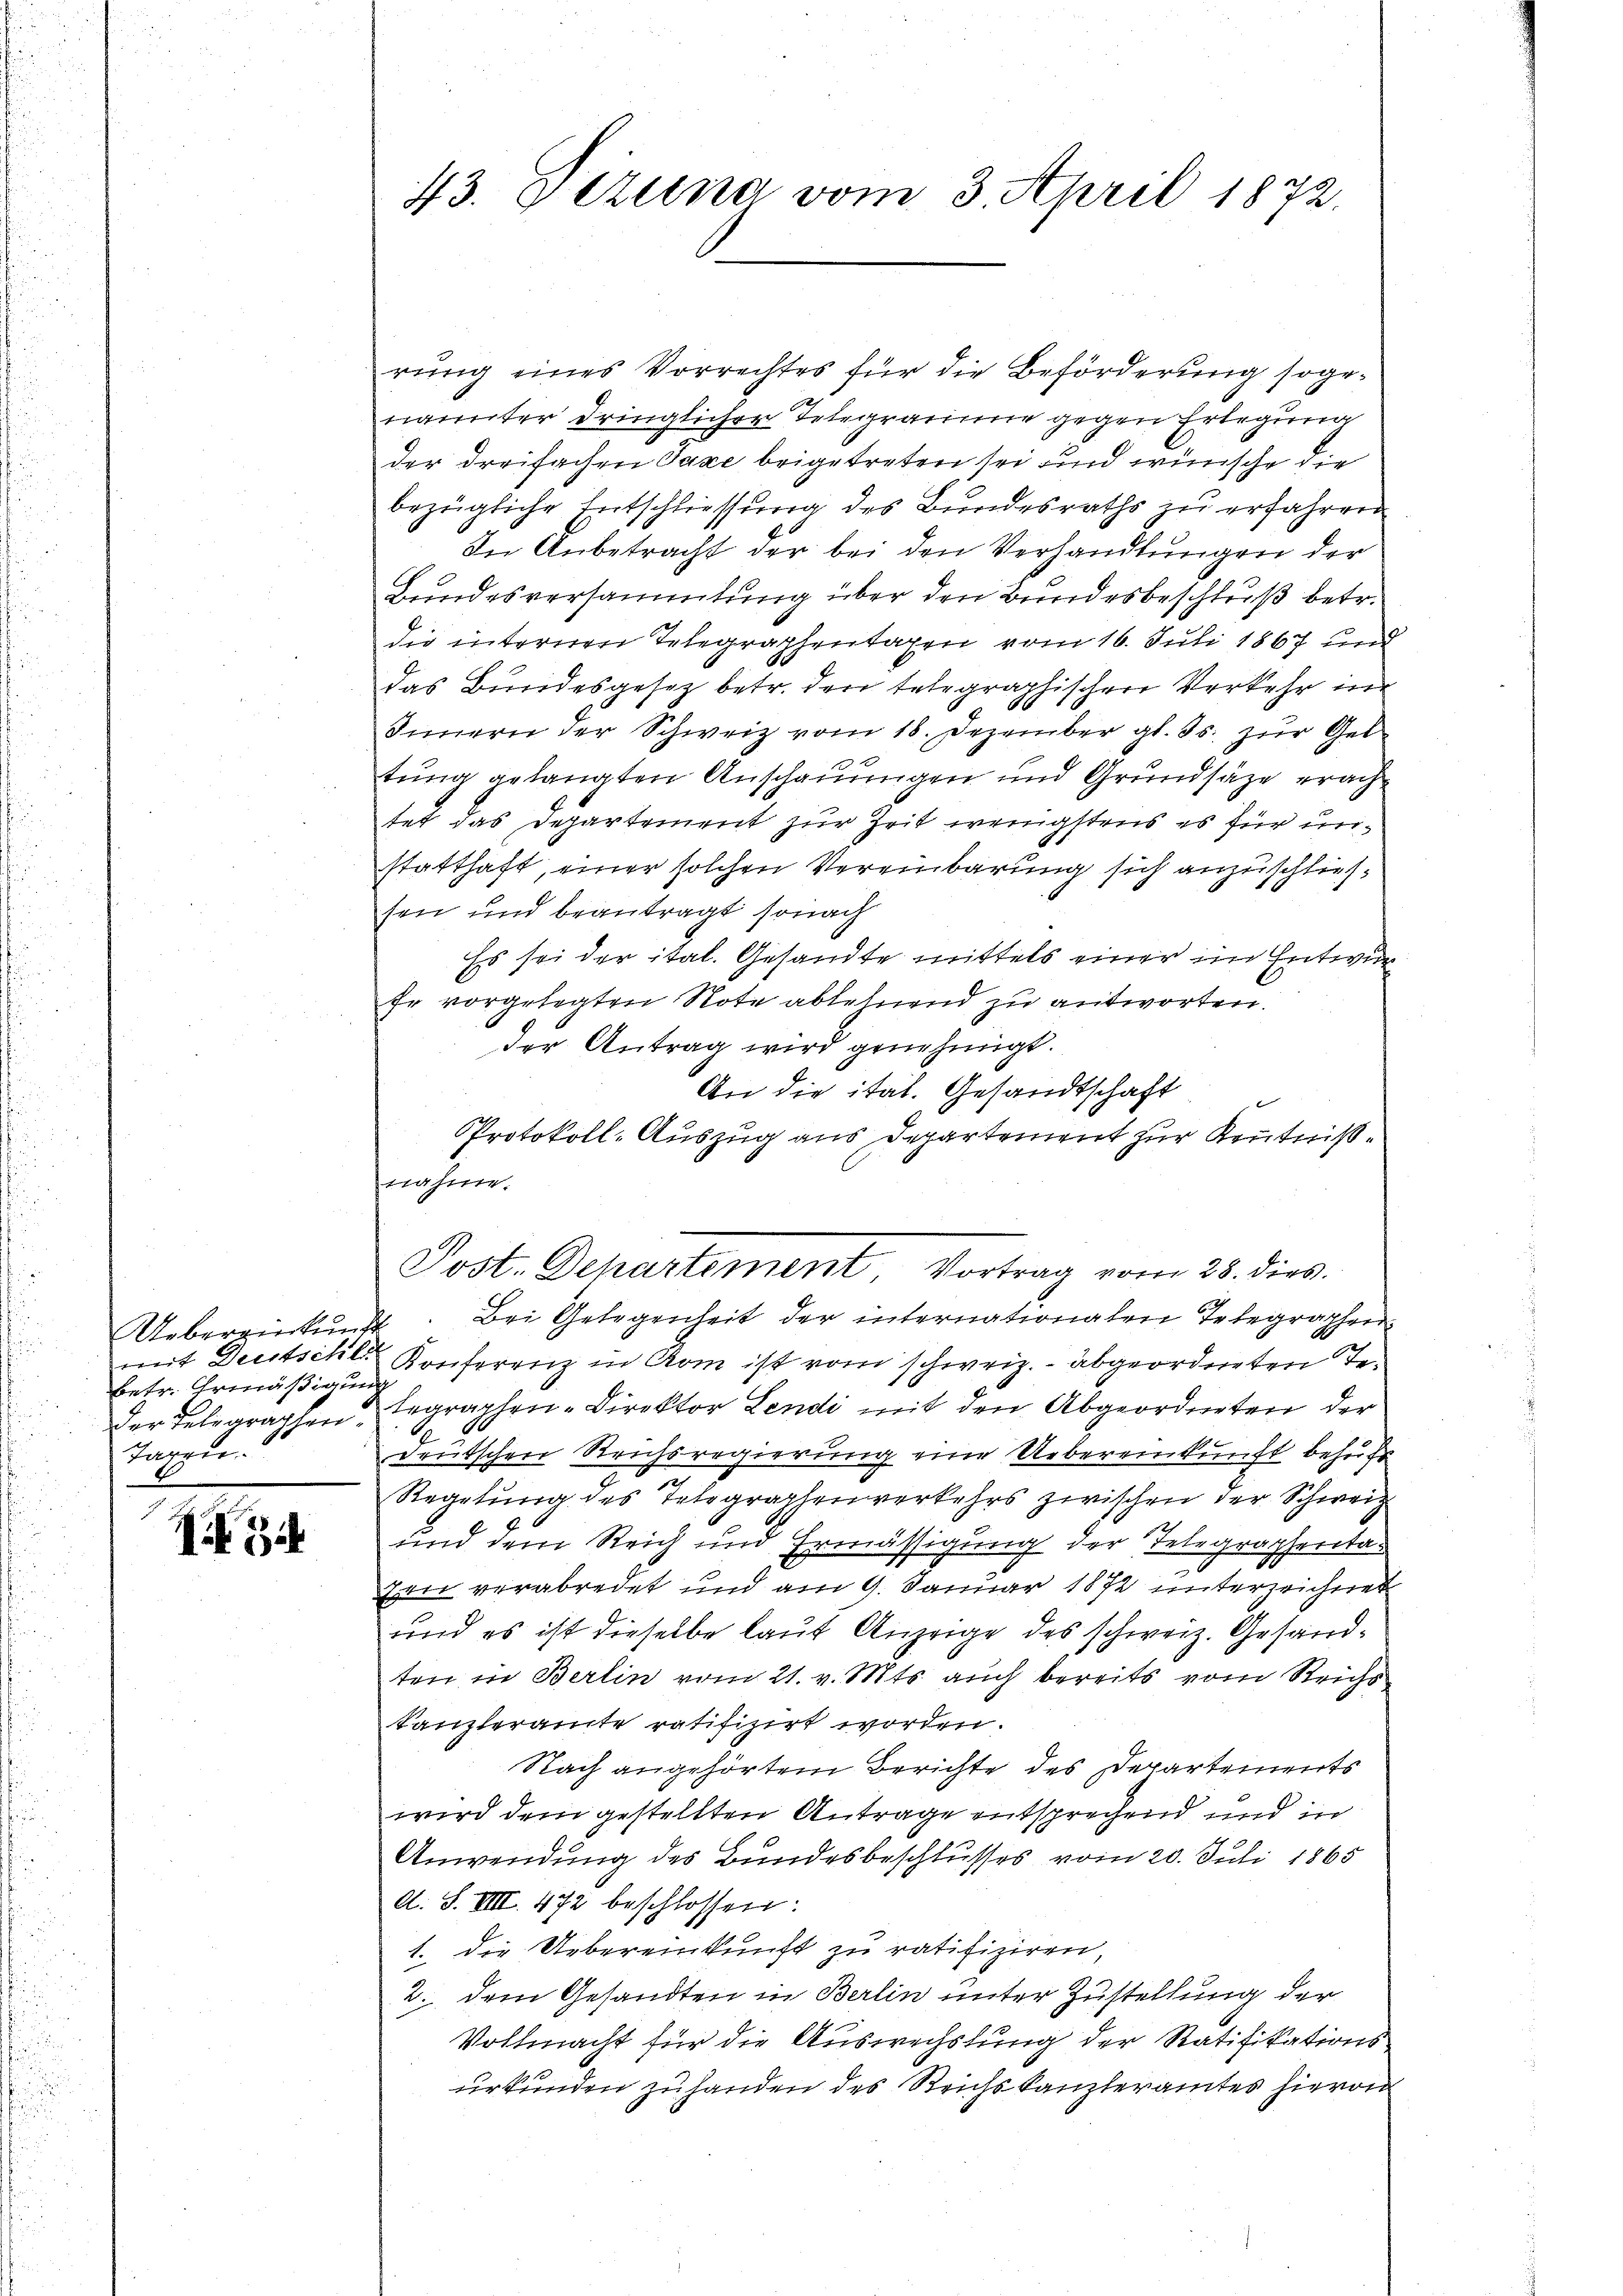
Uebereinkunft
betr. Ermäßigung
Tagen.

Zif. 1

rung eines Vorrechtes für die Beförderung sogenannter dringlicher Telegraume gegen Erlegung
der dreifachen Taxe beigetreten sei und wünsche die
bezügliche Entschliessung des Bundesraths zu erfahren
In Anbetracht der bei den Verhandlungen der
Bundesversammtung über den Bundesbeschluß betr.
die internen Telegraphentagen vom 16. Juli 1867 und
Das Bundesgesetz betr. den telegraphischen Verkehr in
A
e
Innern der Schweiz vom 18. Dezember gl. Js. zur Geltung gelangten Anschauungen und Grundsätze erachtet das Departement zur Zeit wenigstens es für unstatthaft, einer solchen Vereinbarung sich anzuschliessen und beantragt, sonach
Es sei der ital. Gesandte mittels einer im Entwur
Er vorgelegten Note ablehnend zu antworten.
der Antrag wird genehmigt.
An die ital. Gesandtschaft
Protokoll-Auszug aus Departement zur Kenntnißnahme.
Bei Gelegenheit der internationalen Telegraphen
mit Deutschli Konferenz in Rom ist vom schweiz. abgeordneten Teder Delegraphen Taraphen-Direktor Lendi mit den Abgeordneten der
d
deutschen Reichsregierung eine Uebereinkunft behufs
Regelung des Telegraphenverkehrs zwischen der Schweiz
ch
und dem Reich und Ermässigung der Telegrapheritae
zen verabredet und am 9. Januar 1872 unterrichnet
und es ist dieselbe laut Anzeige des schweiz. Gesandten in Berlin vom 21. v. Mts. auch bereits vom Reichs
kanzleramte ratifizirt worden.
Nach angehörtem Berichte des Departements
wird dem gestellten Antrage entsprechend und in
Anwendung des Bundesbeschlusses vom 20. Juli 1865
d. S. VIII. 472 beschlossen:
1. Die Uebereinkunft zu ratifiziren,
2. dem Gesandten in Berlin unter Zustellung der
Vollmacht für die Auswechslung der Ratifikations
urkunden zuhanden des Reichs Kanzleramtes hievon

43. Fertina vom 3. April 1872.

Post. Departement, Vortrag vom 28. dies